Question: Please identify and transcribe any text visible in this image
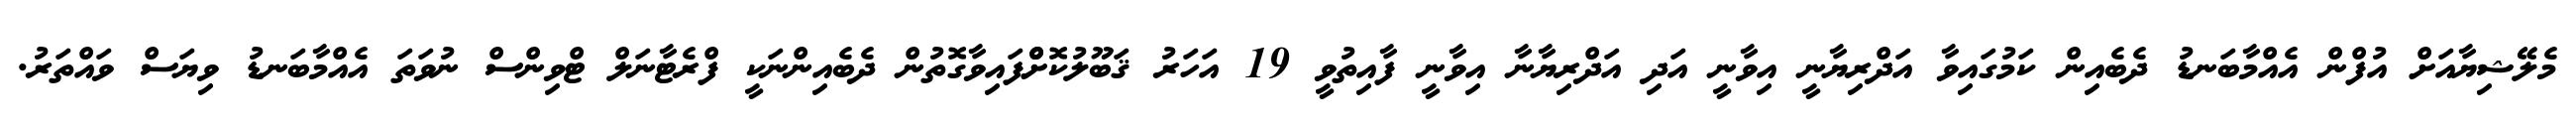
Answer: މެލޭޝިޔާއަށް އުފްން އެއްމާބަނޑު ދެބެއިން ކަމުގައިވާ އަދްރިޔާނީ އިވާނީ އަދި އަދްރިޔާނާ އިވާނީ ފާއިތުވީ 19 އަހަރު ޤަބޫލުކޮށްްފައިވާގޮތުން ދެބެއިންނަކީ ފްރެޓާނަލް ޓްވިންސް ނުވަތަ އެއްމާބަނޑު ވިޔަސް ވައްތަރު.